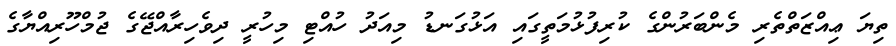
ތިޔަ ޢިއްޒަތްތެރި މެންބަރުންގެ ކުރިފުޅުމަތީގައި އަޅުގަނޑު މިއަދު ހުއްޓި މިހުރީ ދިވެހިރާއްޖޭގެ ޖުމްހޫރިއްޔާގެ